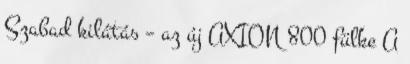
Szabad kilátás – az új AXION 800 fülke A